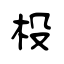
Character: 杸